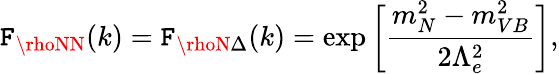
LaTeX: \mathtt{F}_{\rhoNN}(k)=\mathtt{F}_{\rhoN\Delta}(k)=\exp\bigg[\frac{{m_{N}^{2}-m_{VB}^{2}}}{{2\Lambda_{e}^{2}}}\bigg],